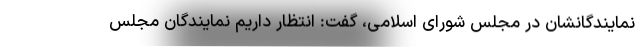
نمایندگانشان در مجلس شورای اسلامی، گفت: انتظار داریم نمایندگان مجلس